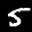
Label: 5